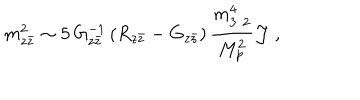
m _ { z { \bar { z } } } ^ { 2 } \sim 5 \, G _ { z { \bar { z } } } ^ { - 1 } \left( R _ { z { \bar { z } } } - G _ { z { \bar { z } } } \right) { \frac { m _ { 3 / 2 } ^ { 4 } } { M _ { p } ^ { 2 } } } { \cal J } \ ,